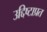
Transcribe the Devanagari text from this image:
उद्दिष्टाप्रत